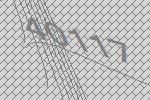
40117